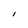
Character: I